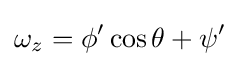
\omega _{z}=\phi '\cos \theta +\psi '